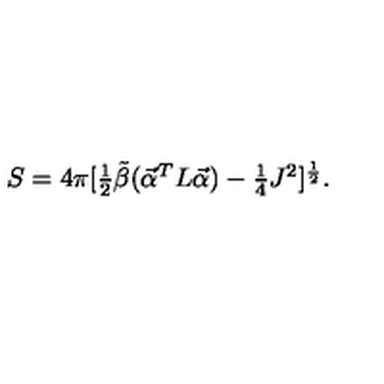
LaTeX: S = 4 \pi [ \textstyle { { \frac { 1 } { 2 } } } { \tilde { \beta } } ( \vec { \cal \alpha } ^ { T } L \vec { \cal \alpha } ) - \textstyle { { \frac { 1 } { 4 } } } J ^ { 2 } ] ^ { \frac { 1 } { 2 } } .